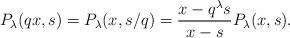
LaTeX: \begin{align*}P_{\lambda}(qx, s) = P_{\lambda}(x, s/q) = \frac{x - q^{\lambda}s}{x - s}P_{\lambda}(x, s). \end{align*}